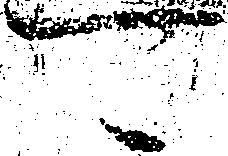
可